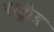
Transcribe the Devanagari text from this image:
राष्ट्रीय़